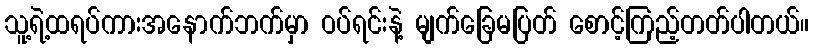
သူ့ရဲ့ထရပ်ကားအနောက်ဘက်မှာ ဝပ်ရင်းနဲ့ မျက်ခြေမပြတ် စောင့်ကြည့်တတ်ပါတယ်။